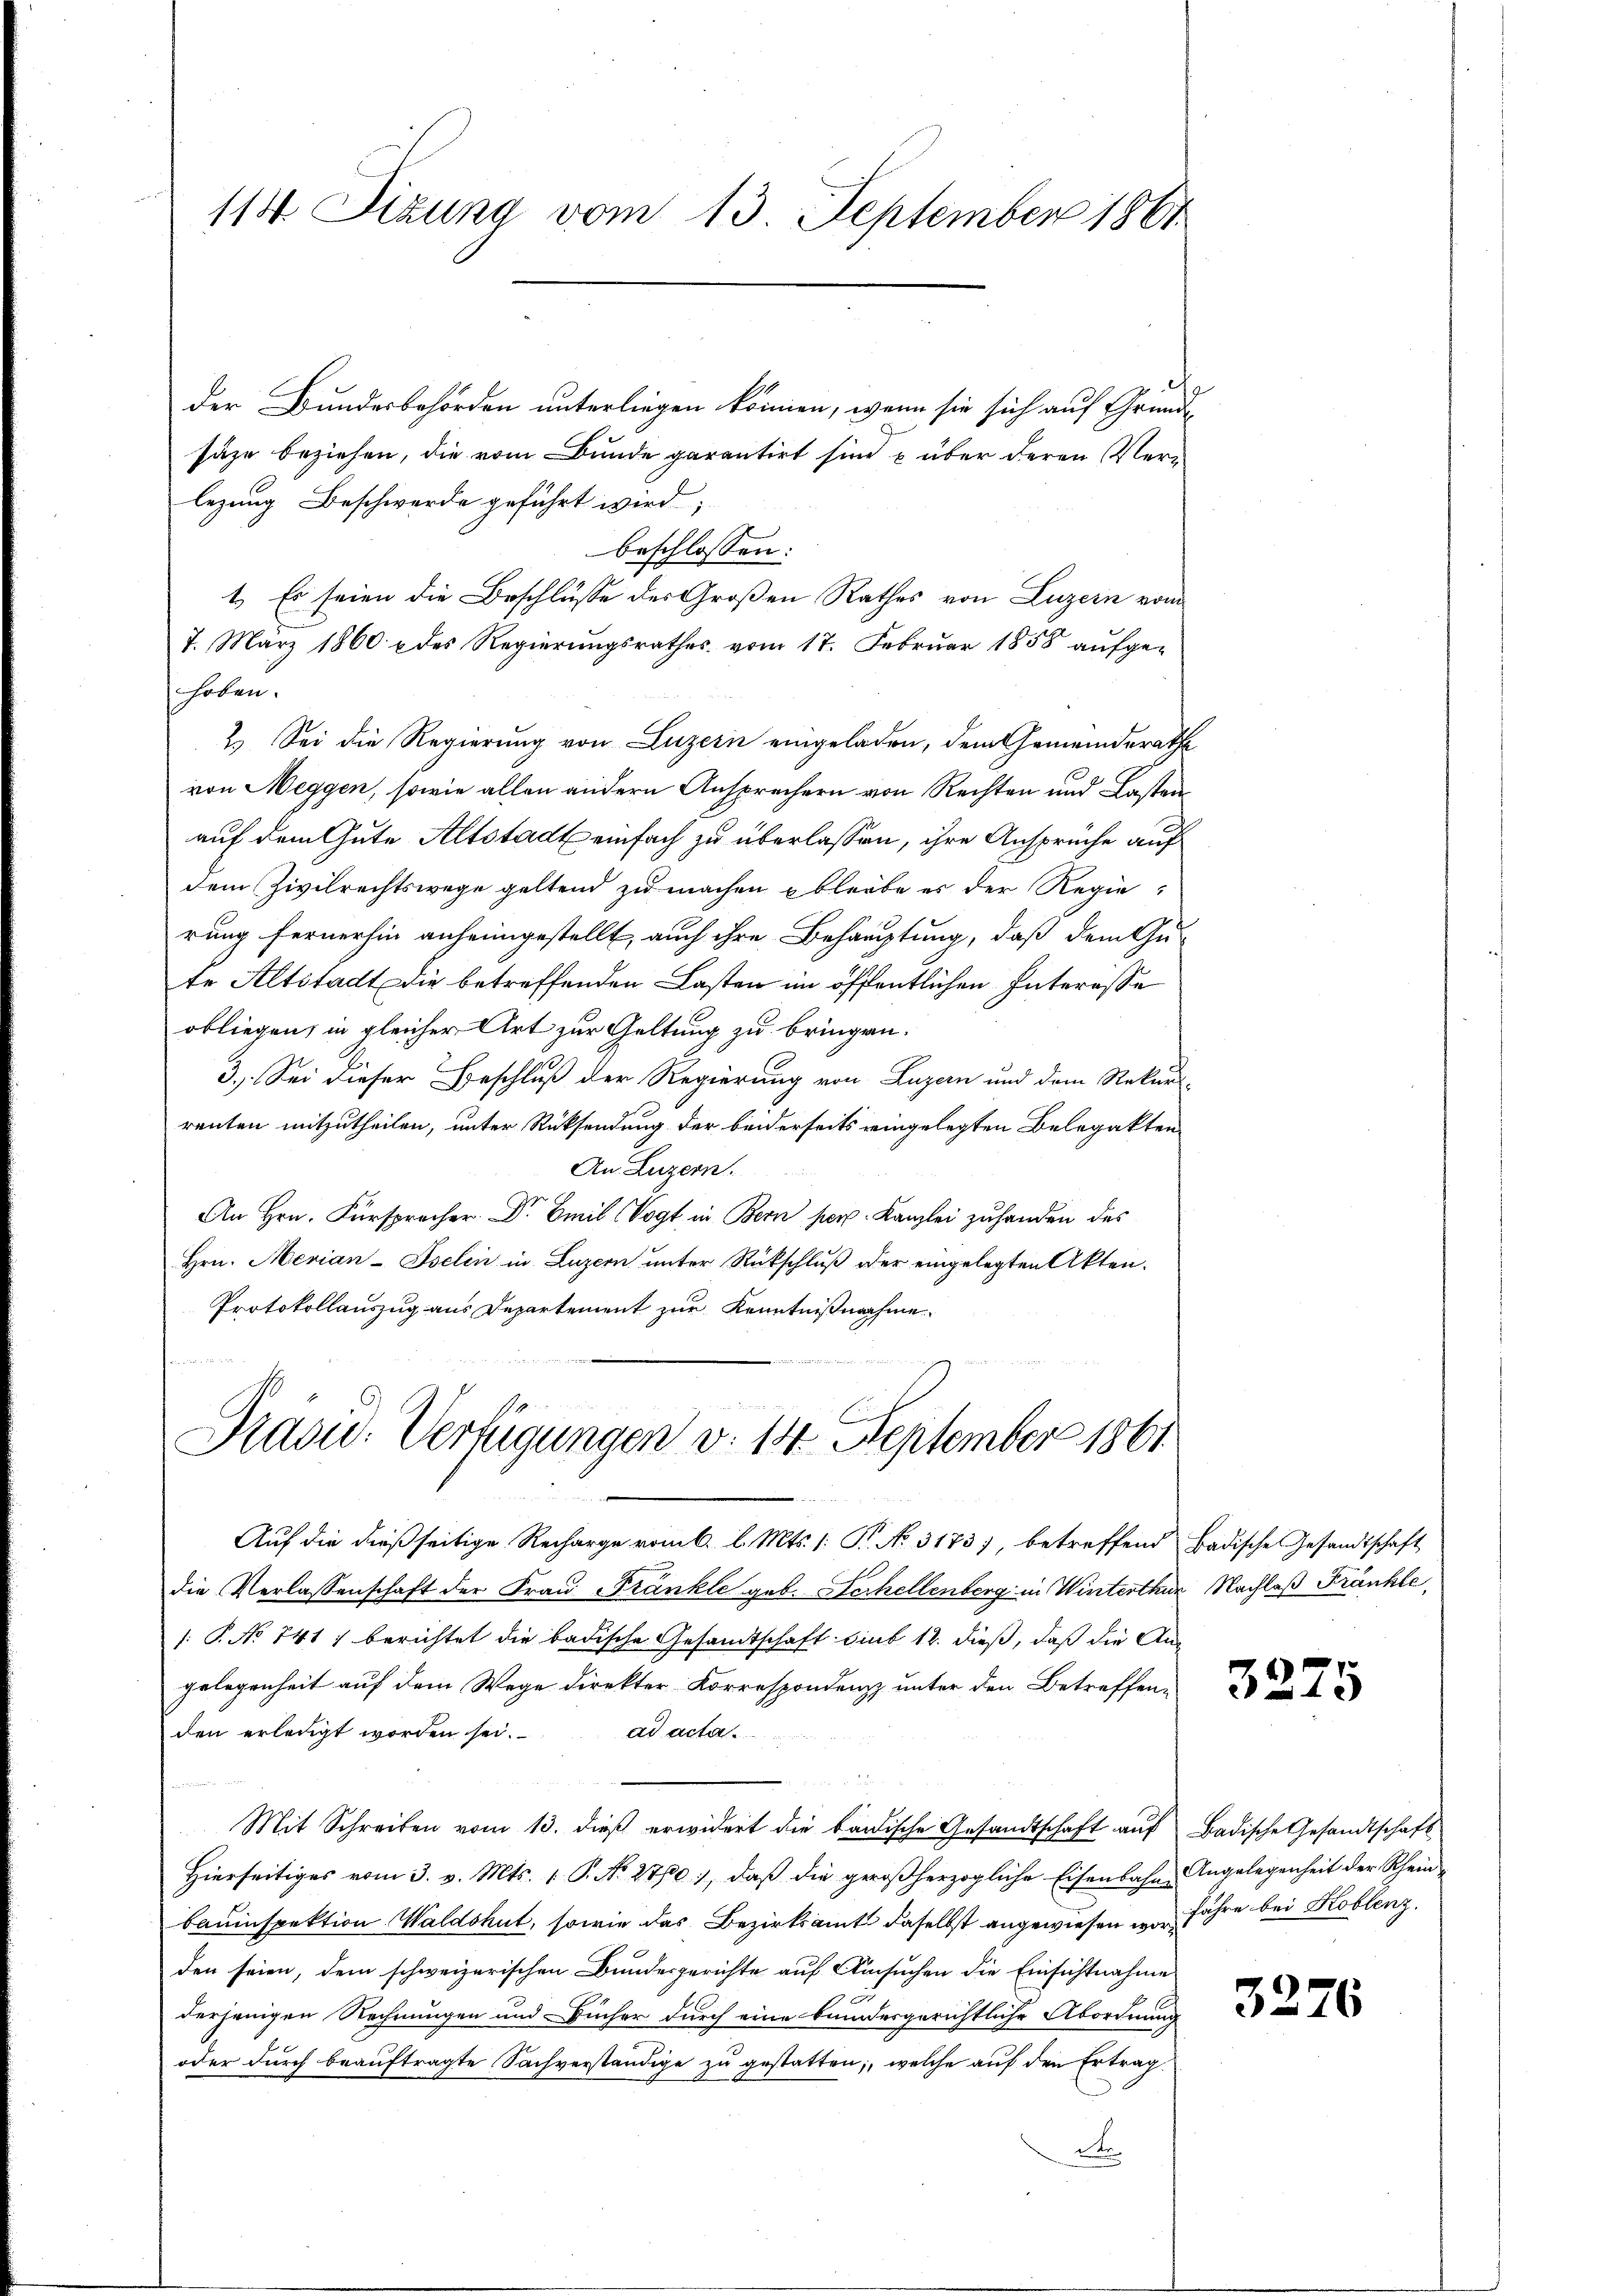
113 Sizung vom 13. September 1861

der Bundesbehörden unterliegen können, wenn sie sich auf Grunde
säze beziehen, die vom Bunde garantirt sind u über deren Verlegung Beschwerde geführt wird;
beschlossen:
1.) Es seien die Beschlüsse des Großen Rathes von Luzern vom
7. März 1860. u des Regierŭngsrathes vom 17. Febrŭar 1858 aŭfge-
hoben.
2.) Sei die Regierung von Luzern eingeladen, dem Gemeinderathe
von Weggen, sowie allen andern Ansprechern von Rechten und Lasten
auf dem Gute Altstadt einfach zu überlassen, ihre Ansprüche auf
dem Zivilrechtswege geltend zu machen bleibe es der Regierung fernerhin anheimgestellt, auch ihre Behauptung, daß dem Gute Altstadt die betreffenden Lasten im öffentlichen Interesse
obliegen, in gleicher Art zur Geltung zu bringen.
3.) Sei dieser Beschluß der Regierung von Luzern und dem Rekurs-
renten mitzutheilen, unter Rücksendung der beiderseits eingelegten Belegakten
An Luzern.
An Hrn. Fürsprocher. Dr Emil Vogt in Bern per. Kanzlei zuhanden des
Hrn. Merian-Iselin in Luzern unter Rückschluß oder eingelegten Akten.
Protokollauszug aus Departement zur Kenntnißnahme

Präsid. Verfügungen d. 14. September 1861

Auf die dießseitige Recharge vom 6. l. Mts. 1. P. No. 3173), betreffend Badische Gesandtschaft
die Verlassenschaft der Frau Frankle geb. Herhellenberg in Winterthur Nachlaß Fränkle
1: P. No 741) berichtet die badische Gesandtschaft sind 12. dieß, daß die Angelegenheit auf dem Wege direkter Korrespondenz unter den Betreffen-
den erledigt worden sei.
ad acta
Mit Schreiben vom 13. dieß erwidert die badische Gesandtschaft auf Badische Gesandtschaft
Hierseitiges vom 3. v. Mts. 1. P. No. 2760), daß die geroßherzogliche Eisenbahn-Angelegenheit der Rhein-
bauinspektion Waldshut, sowie das Bezirksamt daselbst angewiesen u. Jahre bei Koblenz,
den seien, dem schweizerischen Bundesgerichte auf Ansuchen die Einsichtnahme
derjenigen Rechnungen und Bücher durch eine bundesgerichtliche Abordnung
oder durch beauftragte Sachverständige zu gestatten; welche auf den Ertrag
e

)
4

3276